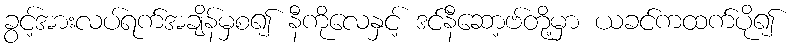
ခွင့်အားလပ်ရက်အချိန်မှစ၍ နီကိုလေနှင့် ဒင်နီဆော့ဗ်တို့မှာ ယခင်ကထက်ပို၍